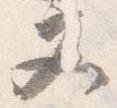
文